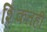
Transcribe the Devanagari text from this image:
शिकतही